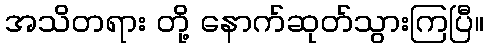
အသိတရား တို့ နောက်ဆုတ်သွားကြပြီ။